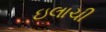
ઇલાચી